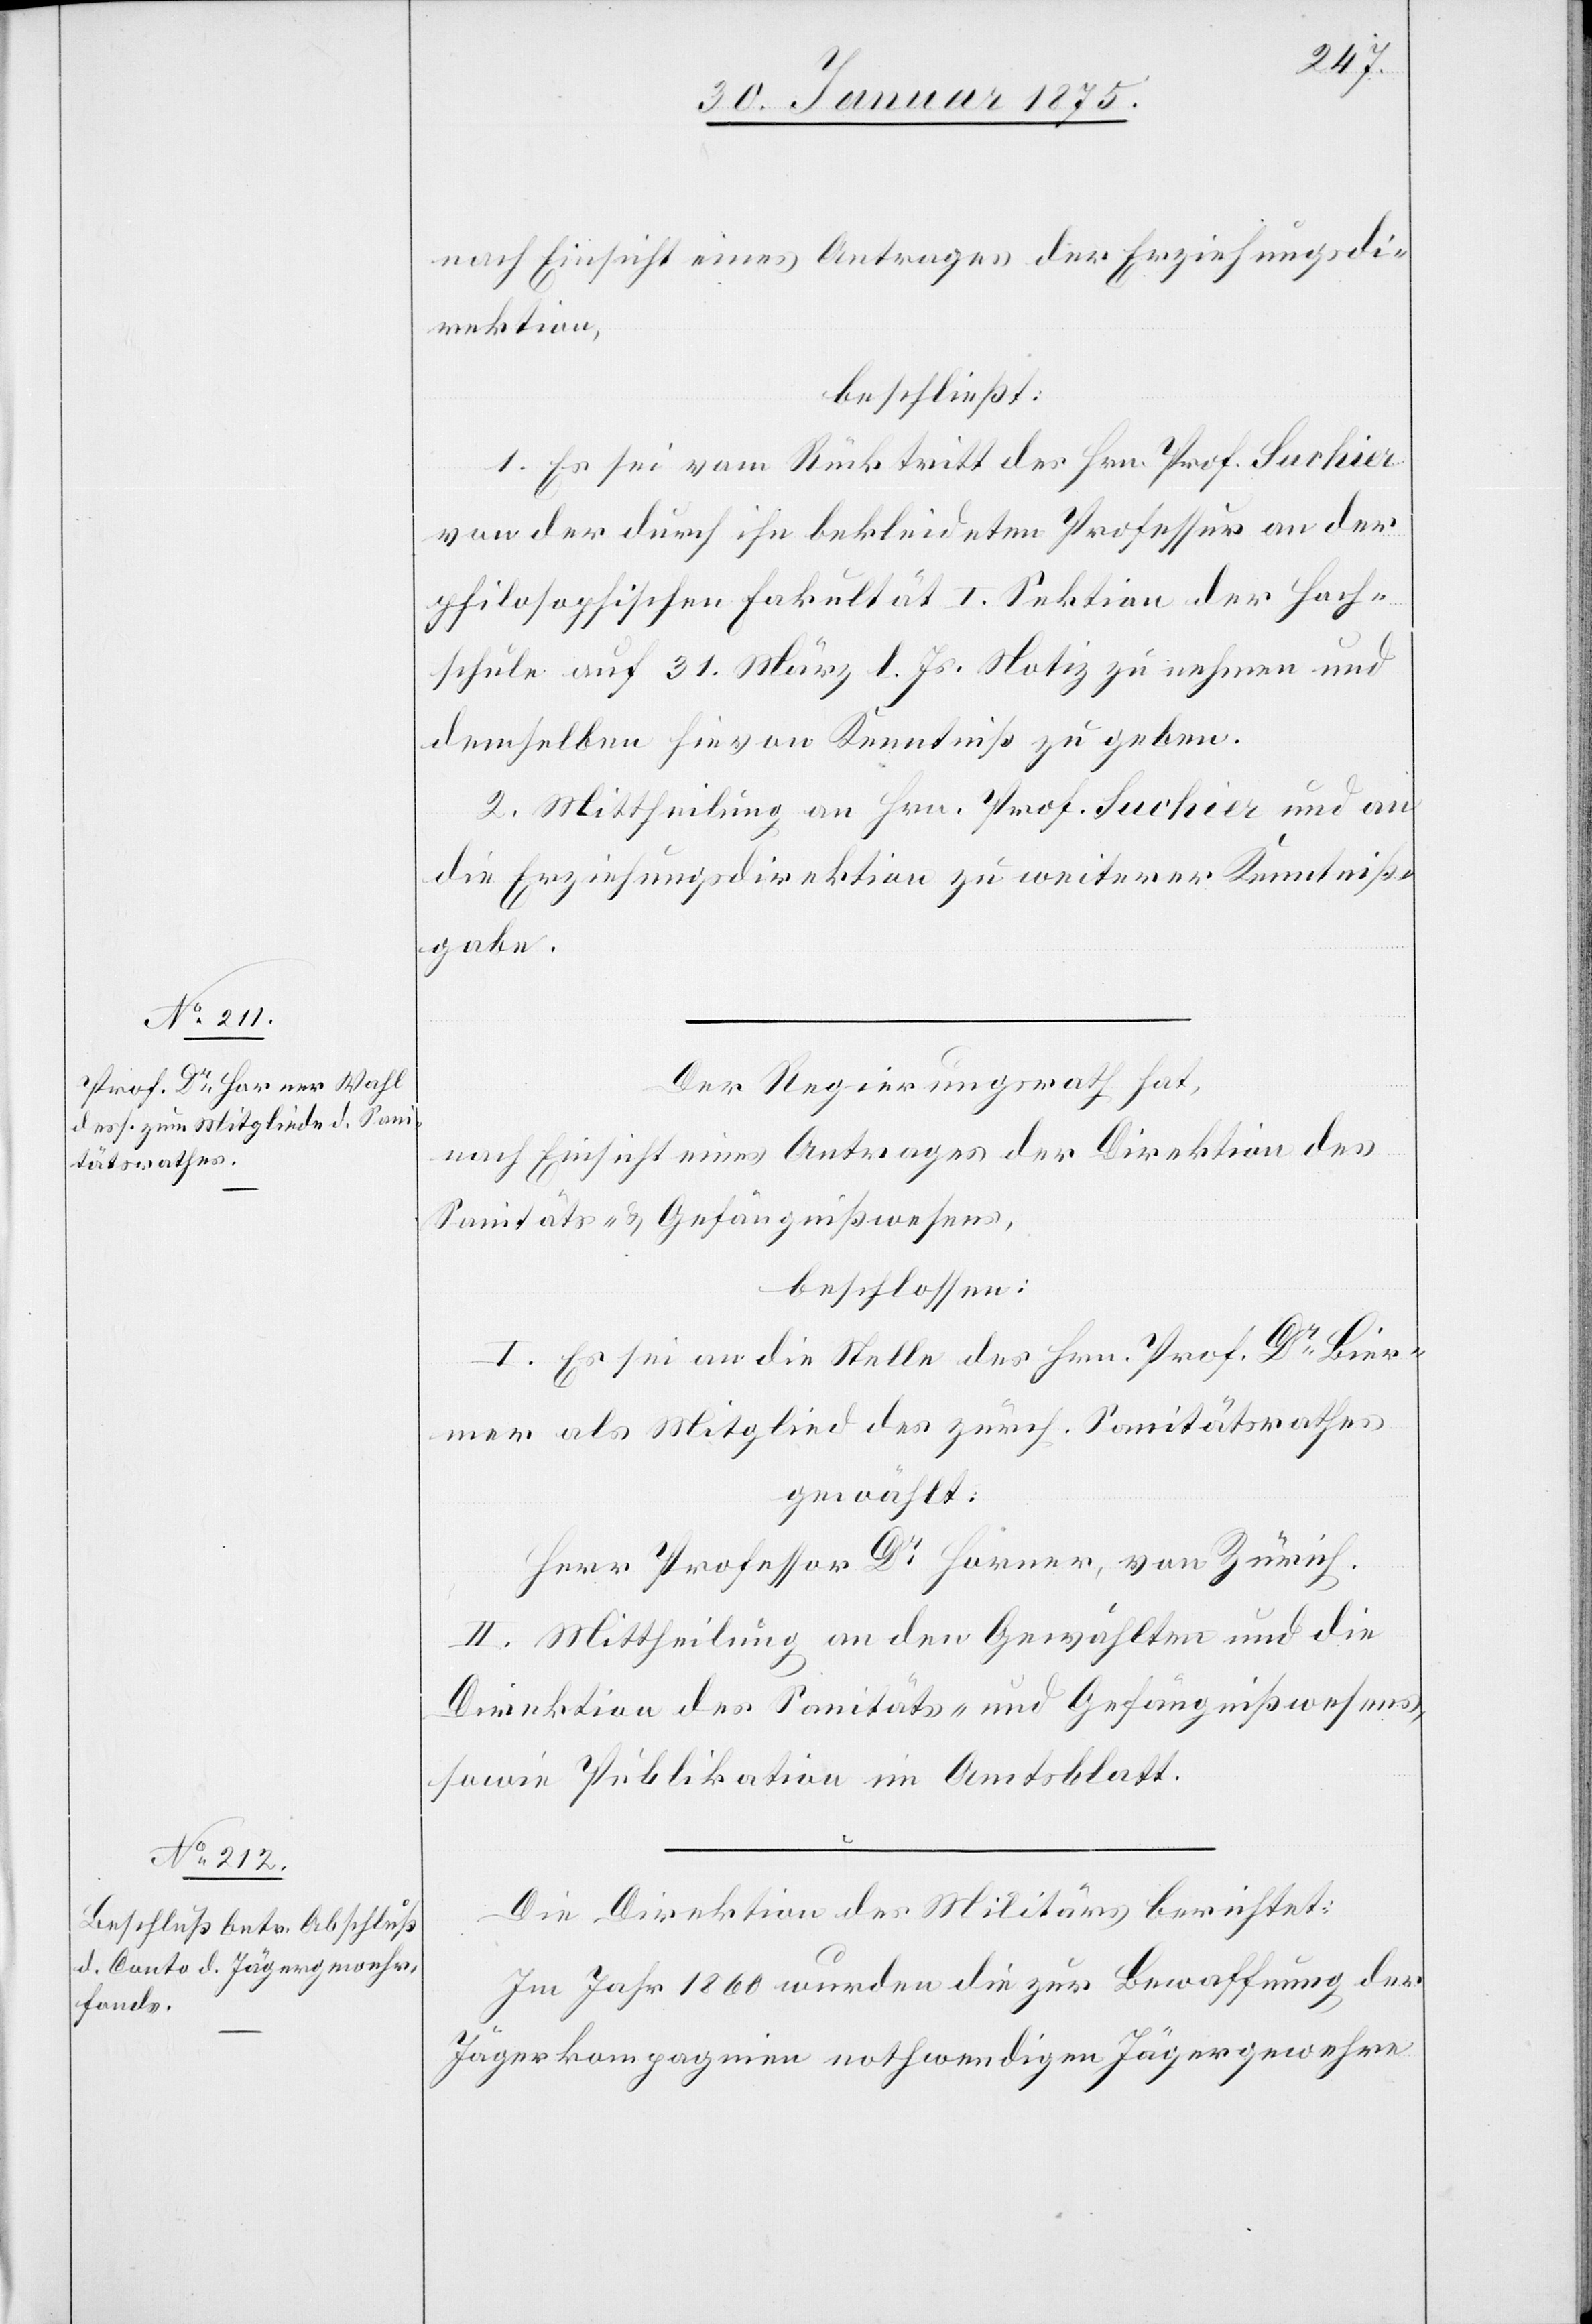
nach Einsicht eines Antrages der Erziehungsdi¬
rektion,
beschließt:
1. Es sei vom Rücktritt des Hrn. Prof. Suchier
von der durch ihn bekleideten Professur an der
philosophischen Fakultät I. Sektion der Hoch¬
schule auf 31. März l. Js. Notiz zu nehmen und
demselben hievon Kenntniß zu geben.
2. Mittheilung an Hrn. Prof. Suchier und an
die Erziehungsdirektion zu weiterer Kenntniß¬
gabe.
Der Regierungsrath hat,
nach Einsicht eines Antrages der Direktion des
Sanitäts- & Gefängnißwesens,
beschlossen:
I. Es sei an die Stelle des Hrn. Prof. Dr Bier¬
mer als Mitglied des zürch. Sanitätsrathes
gewählt:
Herr Professor Dr Horner, von Zürich.
II. Mittheilung an den Gewählten und die
Direktion des Sanitäts- und Gefängnißwesens,
sowie Publikation im Amtsblatt.
Die Direktion des Militärs berichtet:
Im Jahr 1860 wurden die zur Bewaffnung der
Jägerkompagnien nothwendigen Jägergewehre